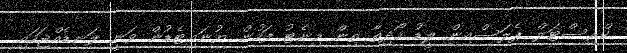
ކްރިސްޓަލް ޕެލަސްއިން ލީޑު ހޯދިތާ ތިން މިނެޓު ފަހުން ޔުނައިޓެޑުން ވަނީ ލަނޑެއްޖަހައި